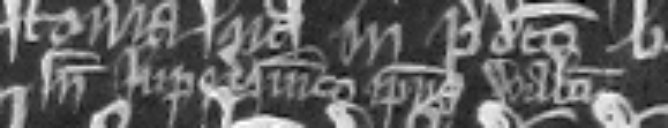
sine jure dominico ipsius Walteri